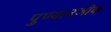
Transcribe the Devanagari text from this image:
पुण्यानजीक